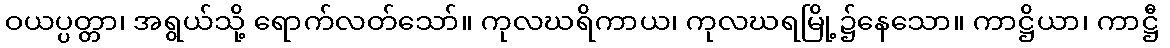
ဝယပ္ပတ္တာ၊ အရွယ်သို့ ရောက်လတ်သော်။ ကုလဃရိကာယ၊ ကုလဃရမြို့၌နေသော။ ကာဋ္ဌိယာ၊ ကာဋ္ဌီ